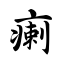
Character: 瘌